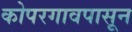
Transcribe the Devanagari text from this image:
कोपरगावपासून